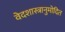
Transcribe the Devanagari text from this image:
वेदशास्त्रानुमोदित